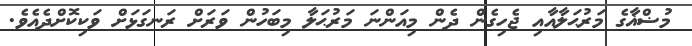
މުޟްޣާގެ މަރުޙަލާއާއި ޖެހިގެން ދެން މިއަންނަ މަރުޙަލާ މިބަހުން ވަރަށް ރަނގަޅަށް ވަކިކޮށްދެއެވެ.